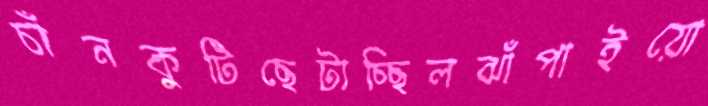
চাঁনকুটিছেটাচ্ছিলঝাঁপাইয়ো